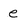
Character: e